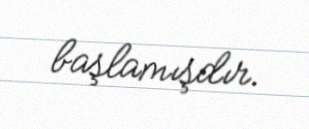
başlamışdır.